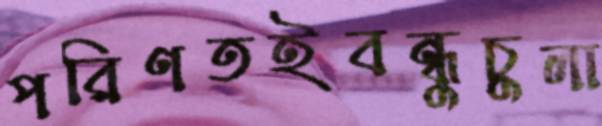
পরিণতইবন্ধুচুলা